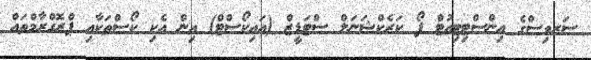
ސަރވިސްގެ އިންސްޓިޓިއުޓް ފޯ ކަރެކްޝަނަލް ސްޓަޑީޒް (އައިކޯސްޓް) އިން އެކި ކޯސްތަކާއި ޕްރޮގްރާމްތައް